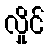
လှိုင်